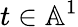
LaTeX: t\in\mathbb{A}^{1}